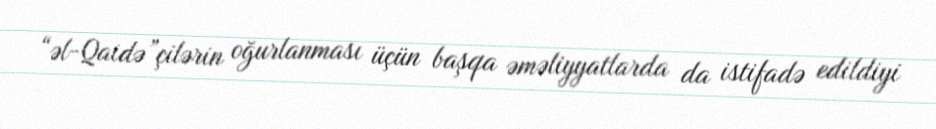
“əl-Qaidə”çilərin oğurlanması üçün başqa əməliyyatlarda da istifadə edildiyi